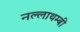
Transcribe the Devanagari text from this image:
नल्लाथम्बी